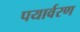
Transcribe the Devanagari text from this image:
पयार्वरण